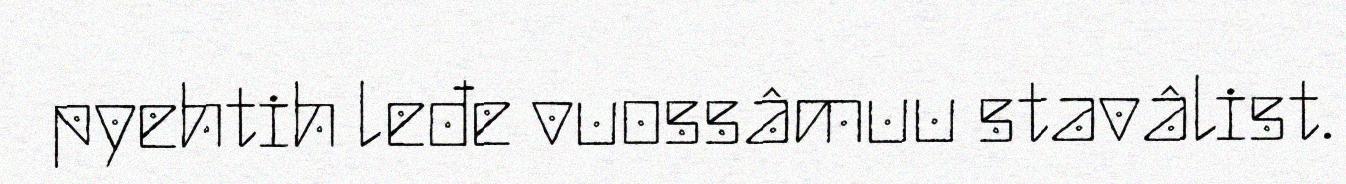
pyehtih leđe vuossâmuu stavâlist.